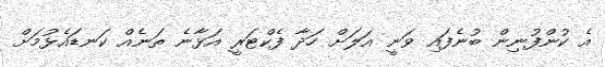
އެ ކުންފުނިން ބުނެފައި ވަނީ އަލަށް ހަދާ ފެކްޓަރީ އަޅާނެ ތަނެއް ކަނޑައެޅުމަށް